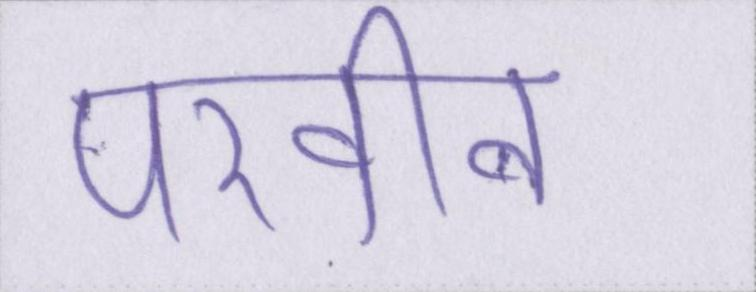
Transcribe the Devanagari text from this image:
परवीन